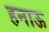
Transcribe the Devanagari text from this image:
हनाऊ